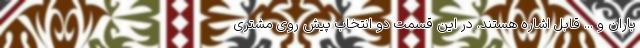
باران و ... قابل اشاره هستند. در این قسمت دو انتخاب پیش روی مشتری